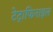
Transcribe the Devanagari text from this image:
टेट्राफिनाइल